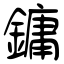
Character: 鏞